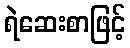
ရဲဆေးစာဖြင့်